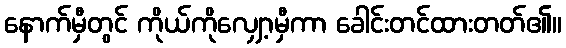
နောက်မှီတွင် ကိုယ်ကိုလျှော့မှီကာ ခေါင်းတင်ထားတတ်၏။